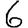
Digit: 6